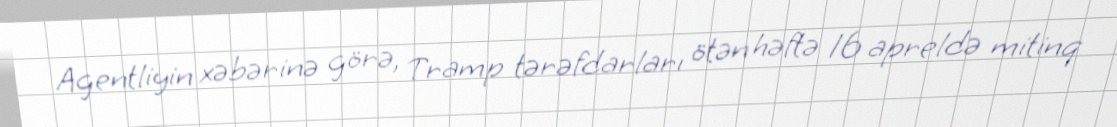
Agentliyin xəbərinə görə, Tramp tərəfdarları ötən həftə 16 apreldə mitinq